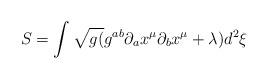
LaTeX: \begin{align*}S=\int \sqrt{g(}g^{ab}\partial _{a}x^{\mu }\partial _{b}x^{\mu }+\lambda)d^{2}\xi\end{align*}